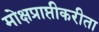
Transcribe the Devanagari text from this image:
मोक्षप्राप्तीकरीता